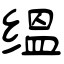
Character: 缊